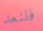
فلنعد